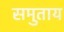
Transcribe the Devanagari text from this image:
समुताय